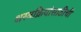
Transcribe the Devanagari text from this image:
शस्त्रक्रियांसाठीची